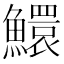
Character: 鱞